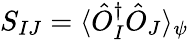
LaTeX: S_{IJ}=\langle\hat{O}_{I}^{\dagger}\hat{O}_{J}\rangle_{\psi}